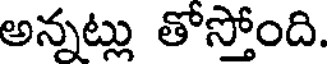
అన్నట్లు తోస్తోంది.